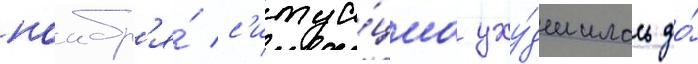
ноабр'я́ с'итуа́циа уху́дшилась до́